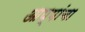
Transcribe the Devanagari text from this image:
आप्पांचा